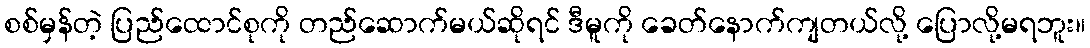
စစ်မှန်တဲ့ ပြည်ထောင်စုကို တည်ဆောက်မယ်ဆိုရင် ဒီမူကို ခေတ်နောက်ကျတယ်လို့ ပြောလို့မရဘူး။